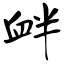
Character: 衅